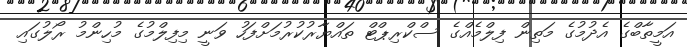
އަމީތާބްގެ އެދުމުގެ މަތިން ފިލްމެއްގެ ސްކްރިޕްޓް ތައްޔާރުކުރުމަށްފަހު ވަނީ މިފިލްމުގެ މުހިންމު ރޯލުގައި